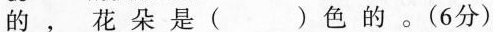
的，花朵是( )色的。(6分)